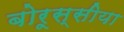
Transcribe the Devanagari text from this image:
बोरूस्सीया